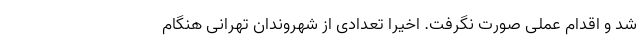
شد و اقدام عملی صورت نگرفت. اخیرا تعدادی از شهروندان تهرانی هنگام